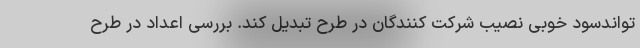
تواندسود خوبی نصیب شرکت کنندگان در طرح تبدیل کند. بررسی اعداد در طرح